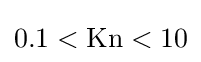
0.1<\mathrm {Kn} <10